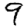
Digit: 9